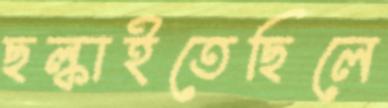
ছল্‌কাইতেছিলে